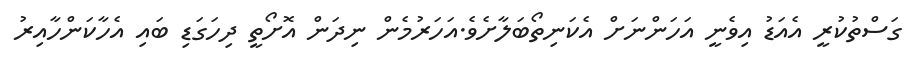
ގަސްތުކުރީ އެއަޑު އިވެނީ އަހަންނަށް އެކަނިތޯބަލާށެވެ.އަހަރުމެން ނިދަން އޮށޯތީ ދިހަގަޑި ބައި އެހާކަންހާއިރު